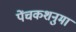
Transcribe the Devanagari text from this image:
पेंचकशनुमा